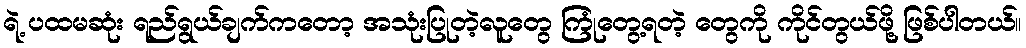
ရဲ့ ပထမဆုံး ရည်ရွယ်ချက်ကတော့ အသုံးပြုတဲ့လူတွေ ကြုံတွေ့ရတဲ့ တွေကို ကိုင်တွယ်ဖို့ ဖြစ်ပါတယ်။